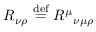
R _ { \nu \rho } \ { \stackrel { \mathrm { d e f } } { = } } \ { R ^ { \mu } } _ { \nu \mu \rho }